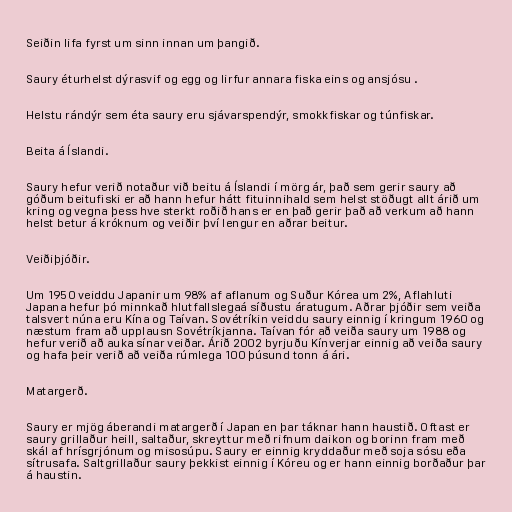
Seiðin lifa fyrst um sinn innan um þangið.

Saury éturhelst dýrasvif og egg og lirfur annara fiska eins og ansjósu .

Helstu rándýr sem éta saury eru sjávarspendýr, smokkfiskar og túnfiskar.

Beita á Íslandi.

Saury hefur verið notaður við beitu á Íslandi í mörg ár, það sem gerir saury að
góðum beitufiski er að hann hefur hátt fituinnihald sem helst stöðugt allt árið um
kring og vegna þess hve sterkt roðið hans er en það gerir það að verkum að hann
helst betur á króknum og veiðir því lengur en aðrar beitur.

Veiðiþjóðir.

Um 1950 veiddu Japanir um 98% af aflanum og Suður Kórea um 2%, Aflahluti
Japana hefur þó minnkað hlutfallslegaá síðustu áratugum. Aðrar þjóðir sem veiða
talsvert núna eru Kína og Taívan. Sovétríkin veiddu saury einnig í kringum 1960 og
næstum fram að upplausn Sovétríkjanna. Taívan fór að veiða saury um 1988 og
hefur verið að auka sínar veiðar. Árið 2002 byrjuðu Kínverjar einnig að veiða saury
og hafa þeir verið að veiða rúmlega 100 þúsund tonn á ári.

Matargerð.

Saury er mjög áberandi matargerð í Japan en þar táknar hann haustið. Oftast er
saury grillaður heill, saltaður, skreyttur með rifnum daikon og borinn fram með
skál af hrísgrjónum og misosúpu. Saury er einnig kryddaður með soja sósu eða
sítrusafa. Saltgrillaður saury þekkist einnig í Kóreu og er hann einnig borðaður þar
á haustin.